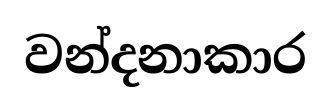
වන්දනාකාර